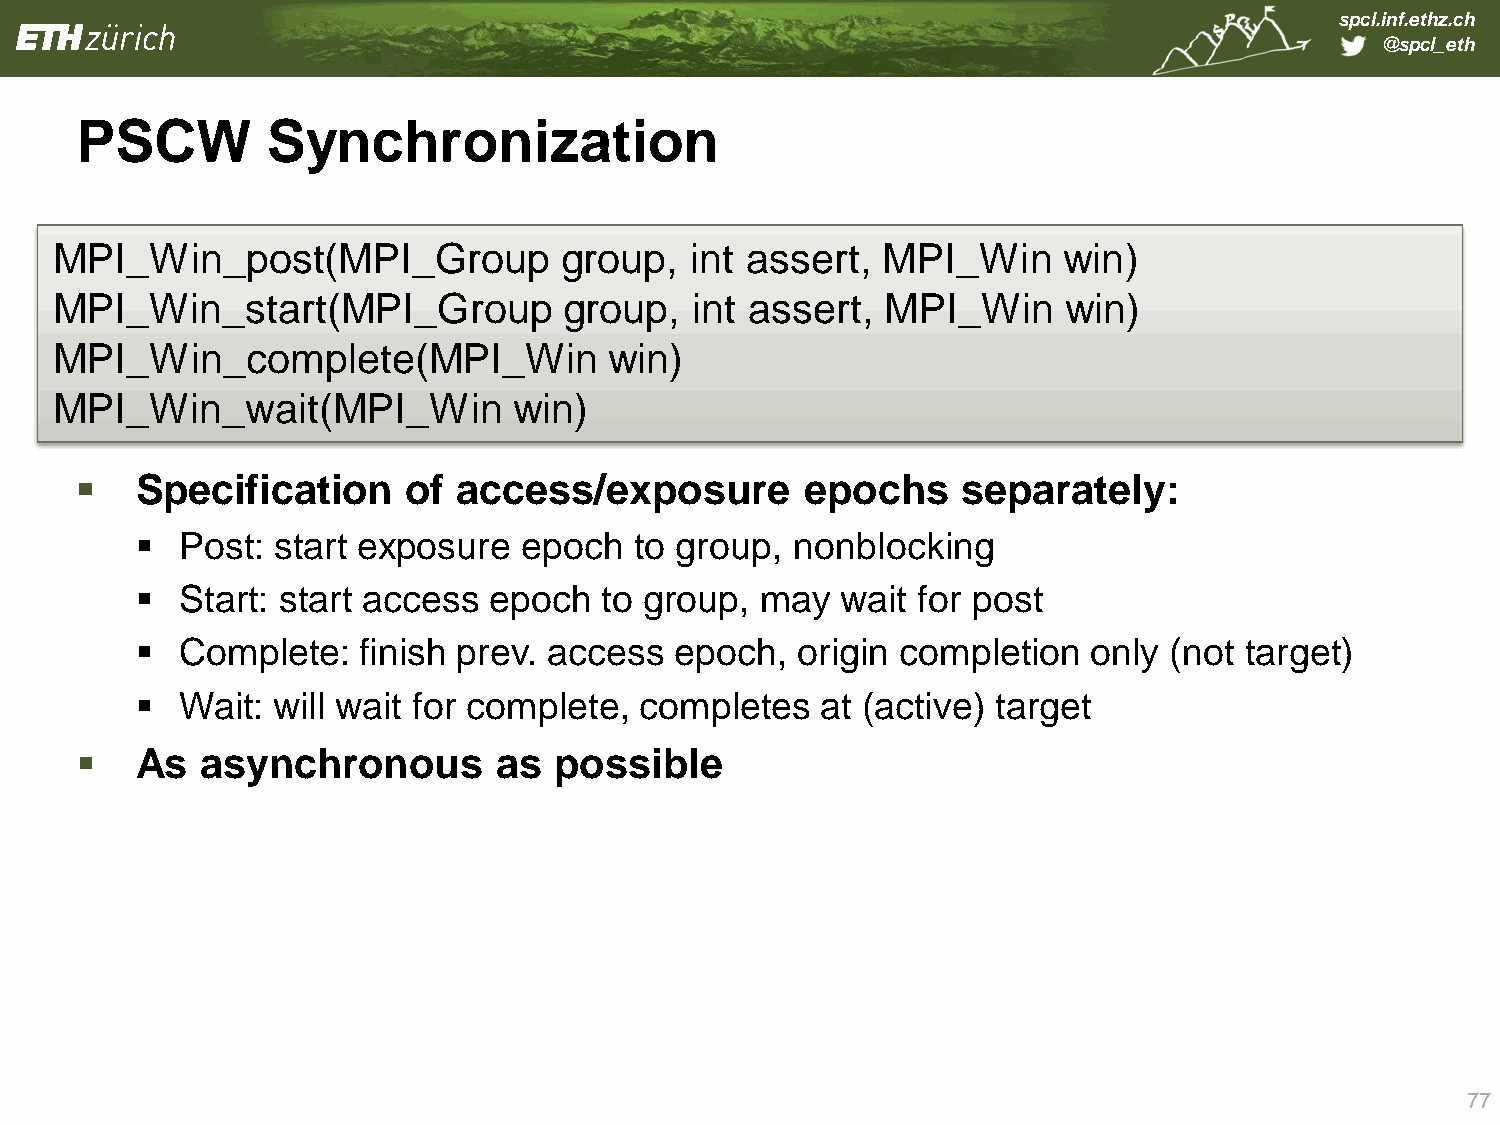
spcl.inf.ethz.ch
 @spcl_eth
 PSCW         Synchronization
 MPI_Win_post(MPI_Group            group,   int assert, MPI_Win     win)
 MPI_   Win_start(MPI_Group        group,   int assert,  MPI_Win     win)
 MPI_Win_complete(MPI_Win             win)
 MPI_Win_wait(MPI_Win           win)
    Specification     of access/exposure        epochs     separately:
   Post: start exposure   epoch  to group,  nonblocking
   Start: start access epoch   to group, may   wait for post
   Complete:   finish prev. access  epoch,  origin completion  only (not target)
   Wait: will wait for complete, completes   at (active) target
    As  asynchronous        as  possible
 77